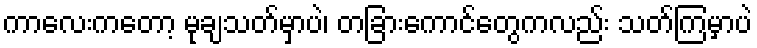
ကာလေးကတော့ မုချသတ်မှာပဲ၊ တခြားကောင်တွေကလည်း သတ်ကြမှာပဲ